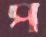
প